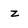
Character: z